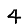
Digit: 4